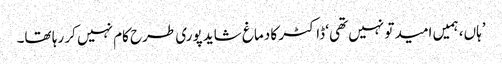
’ہاں، ہمیں امید تو نہیں تھی‘ ڈاکٹر کا دماغ شاید پوری طرح کام نہیں کر رہا تھا۔